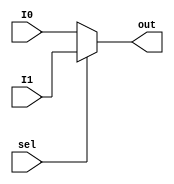
module mux2to1_11b (input [10:0] I0, I1,input sel, output [10:0] out);
    assign out = (sel == 1'b1) ? I1 : I0;
endmodule